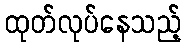
ထုတ်လုပ်နေသည့်